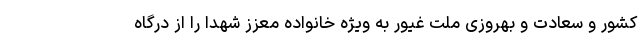
کشور و سعادت و بهروزی ملت غیور به ویژه خانواده معزز شهدا را از درگاه